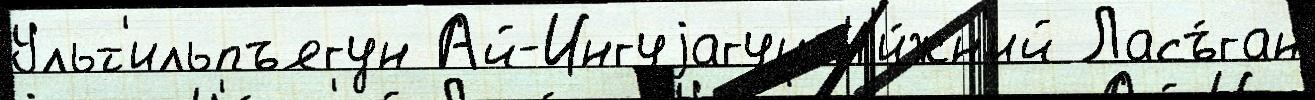
Ульт'ильпъягун Ай-Ингуjагун Н'и́жн'ий Ласъ́ган